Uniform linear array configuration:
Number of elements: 24
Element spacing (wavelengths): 1
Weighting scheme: cosine
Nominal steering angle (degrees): -15
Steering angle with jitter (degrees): -16.645
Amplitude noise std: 0.05
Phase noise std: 0.05

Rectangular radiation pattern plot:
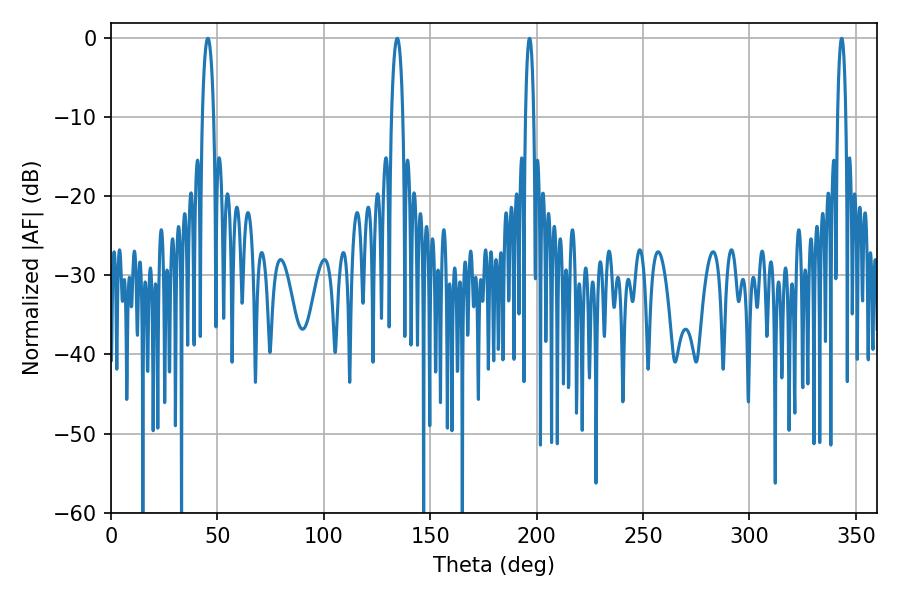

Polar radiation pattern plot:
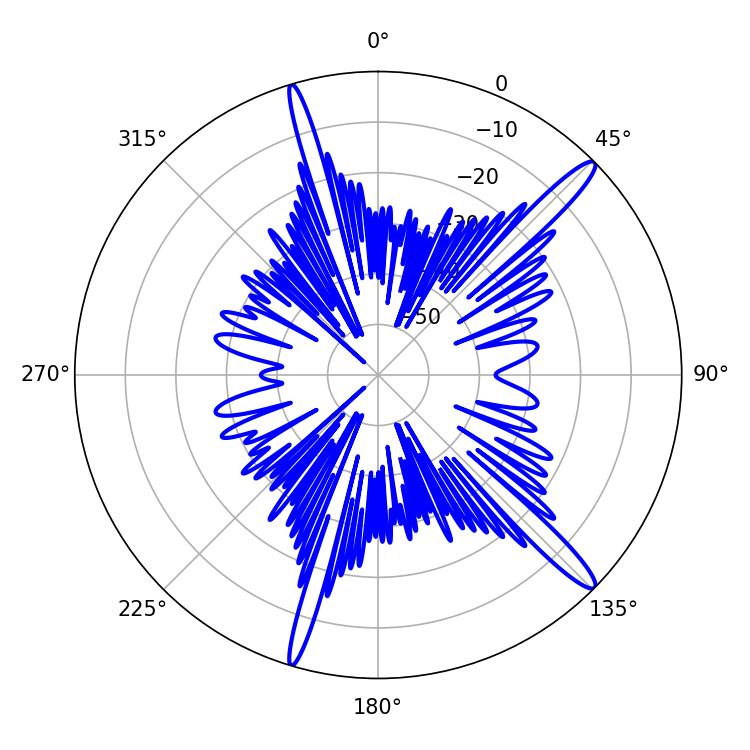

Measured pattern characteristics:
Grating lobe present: TRUE
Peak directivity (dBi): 15.234
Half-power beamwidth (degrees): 2.88
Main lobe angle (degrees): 45.54